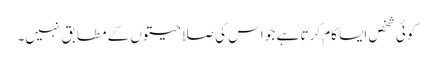
کوئی شخص ایسا کام کرتا ہے جو اس کی صلاحیتوں کے مطابق نہیں۔